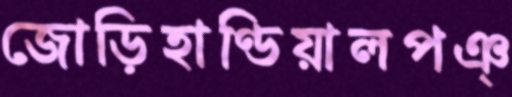
জোড়িহাণ্ডিয়ালপঞ্